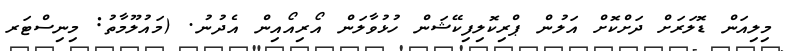
މިލިއަން ޑޮލަރަށް ދަށްކޮށް އަލުން ޕްރިކޮލިފިކޭޝަން ހުޅުވާލަން އޯރިއޯއިން އެދުނު. (މައުލޫމާތު: މިނިސްޓަރ